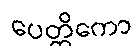
ပေတ္တိကော